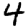
Digit: 4